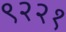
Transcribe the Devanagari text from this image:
९२२१